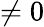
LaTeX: \not=0